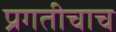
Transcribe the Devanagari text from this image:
प्रगतीचाच